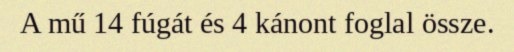
A mű 14 fúgát és 4 kánont foglal össze.